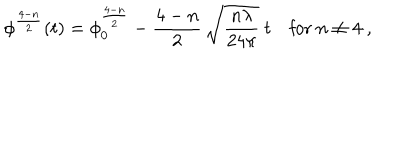
LaTeX: \phi ^ { \frac { 4 - n } { 2 } } ( t ) = \phi _ { 0 } ^ { \frac { 4 - n } { 2 } } - \frac { 4 - n } { 2 } \, \sqrt { \frac { n \lambda } { 2 4 \pi } } \ t \mathrm { f o r } \ n \not = 4 \ ,